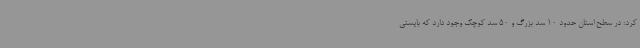
کرد: در سطح استان حدود 10 سد بزرگ و 50 سد کوچک وجود دارد که بایستی